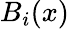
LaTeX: B_{i}(x)